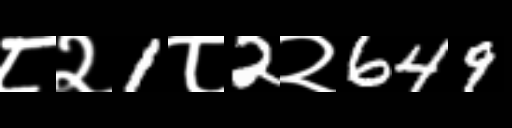
Text: ८२1८2२649